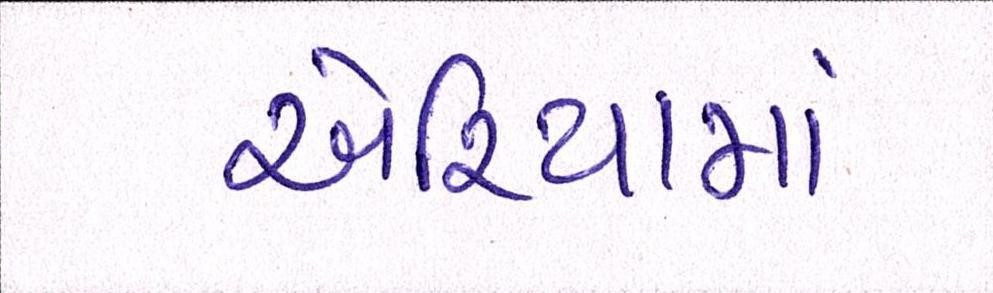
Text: એરિયામાં